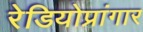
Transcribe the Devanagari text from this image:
रेडियोप्रांगार